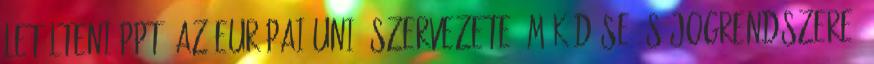
Letölteni ppt "Az Európai Unió szervezete, működése és jogrendszere"